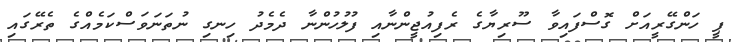
ޕީ ހަންގޭރީއަށް ގޮސްފައިވާ ސޫރިޔާގެ ރެފިއުޖީންނާއި ފުލުހުންނާ ދެމެދު ހިނގި ނުތަނަވަސްކަމެއްގެ ތެރޭގައި